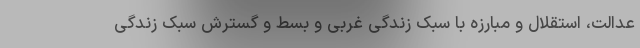
عدالت، استقلال و مبارزه با سبک زندگی غربی و بسط و گسترش سبک زندگی